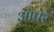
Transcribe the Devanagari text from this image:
ऑपेरे